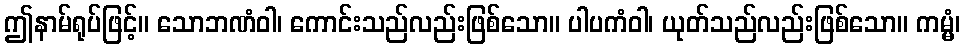
ဤနာမ်ရုပ်ဖြင့်။ သောဘဏံဝါ၊ ကောင်းသည်လည်းဖြစ်သော။ ပါပကံဝါ၊ ယုတ်သည်လည်းဖြစ်သော။ ကမ္မံ၊